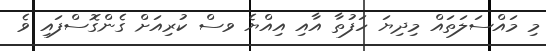
މި މައްސަލަތައް މިދިޔަ ހަފުތާ އާއި އިއްޔެ ވސް ކުރިއަށް ގެންގޮސްފައި ވެ